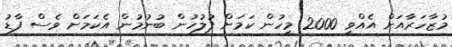
މުޒާހަރާއަށް އެއްވީ 2000 މީހުން ކަމަށް ފުލުހުން ބުނުމުން އެކަމަށް ވެސް ފާޑު